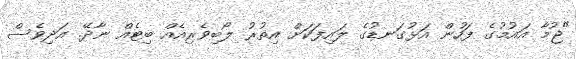
"ޖުމާ އައުމުގެ ފަހުން އަޅުގަނޑުގެ ލައިފަކަށް އިތުރު ލޯބިވެރިއެއް ބިޓެއް ނާދޭ. އަދިވެސް